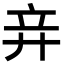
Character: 竎